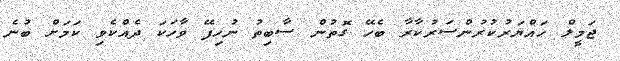
ޖަމީލް ހައްޔަރުކުރުންސަރުކާރާ ބެހޭ ގޮތުން ސާބިތު ނުހިފޭ ވާހަކަ ދެއްކެވި ކަމަށް ބުނެ